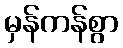
မှန်ကန်စွာ